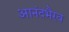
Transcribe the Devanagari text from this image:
आनंदभैरव